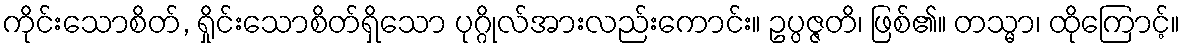
ကိုင်းသောစိတ်, ရှိုင်းသောစိတ်ရှိသော ပုဂ္ဂိုလ်အားလည်းကောင်း။ ဥပ္ပဇ္ဇတိ၊ ဖြစ်၏။ တသ္မာ၊ ထိုကြောင့်။